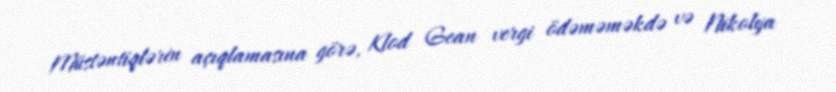
Müstəntiqlərin açıqlamasına görə, Klod Gean vergi ödəməməkdə və Nikolya